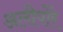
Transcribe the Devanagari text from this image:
अलीपोरे